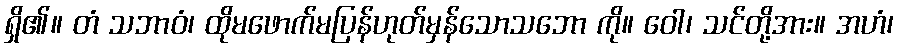
ရှိ၏။ တံ သဘာဝံ၊ ထိုမဖောက်မပြန်ဟုတ်မှန်သောသဘော ကို။ ဝေါ၊ သင်တို့အား။ အဟံ၊